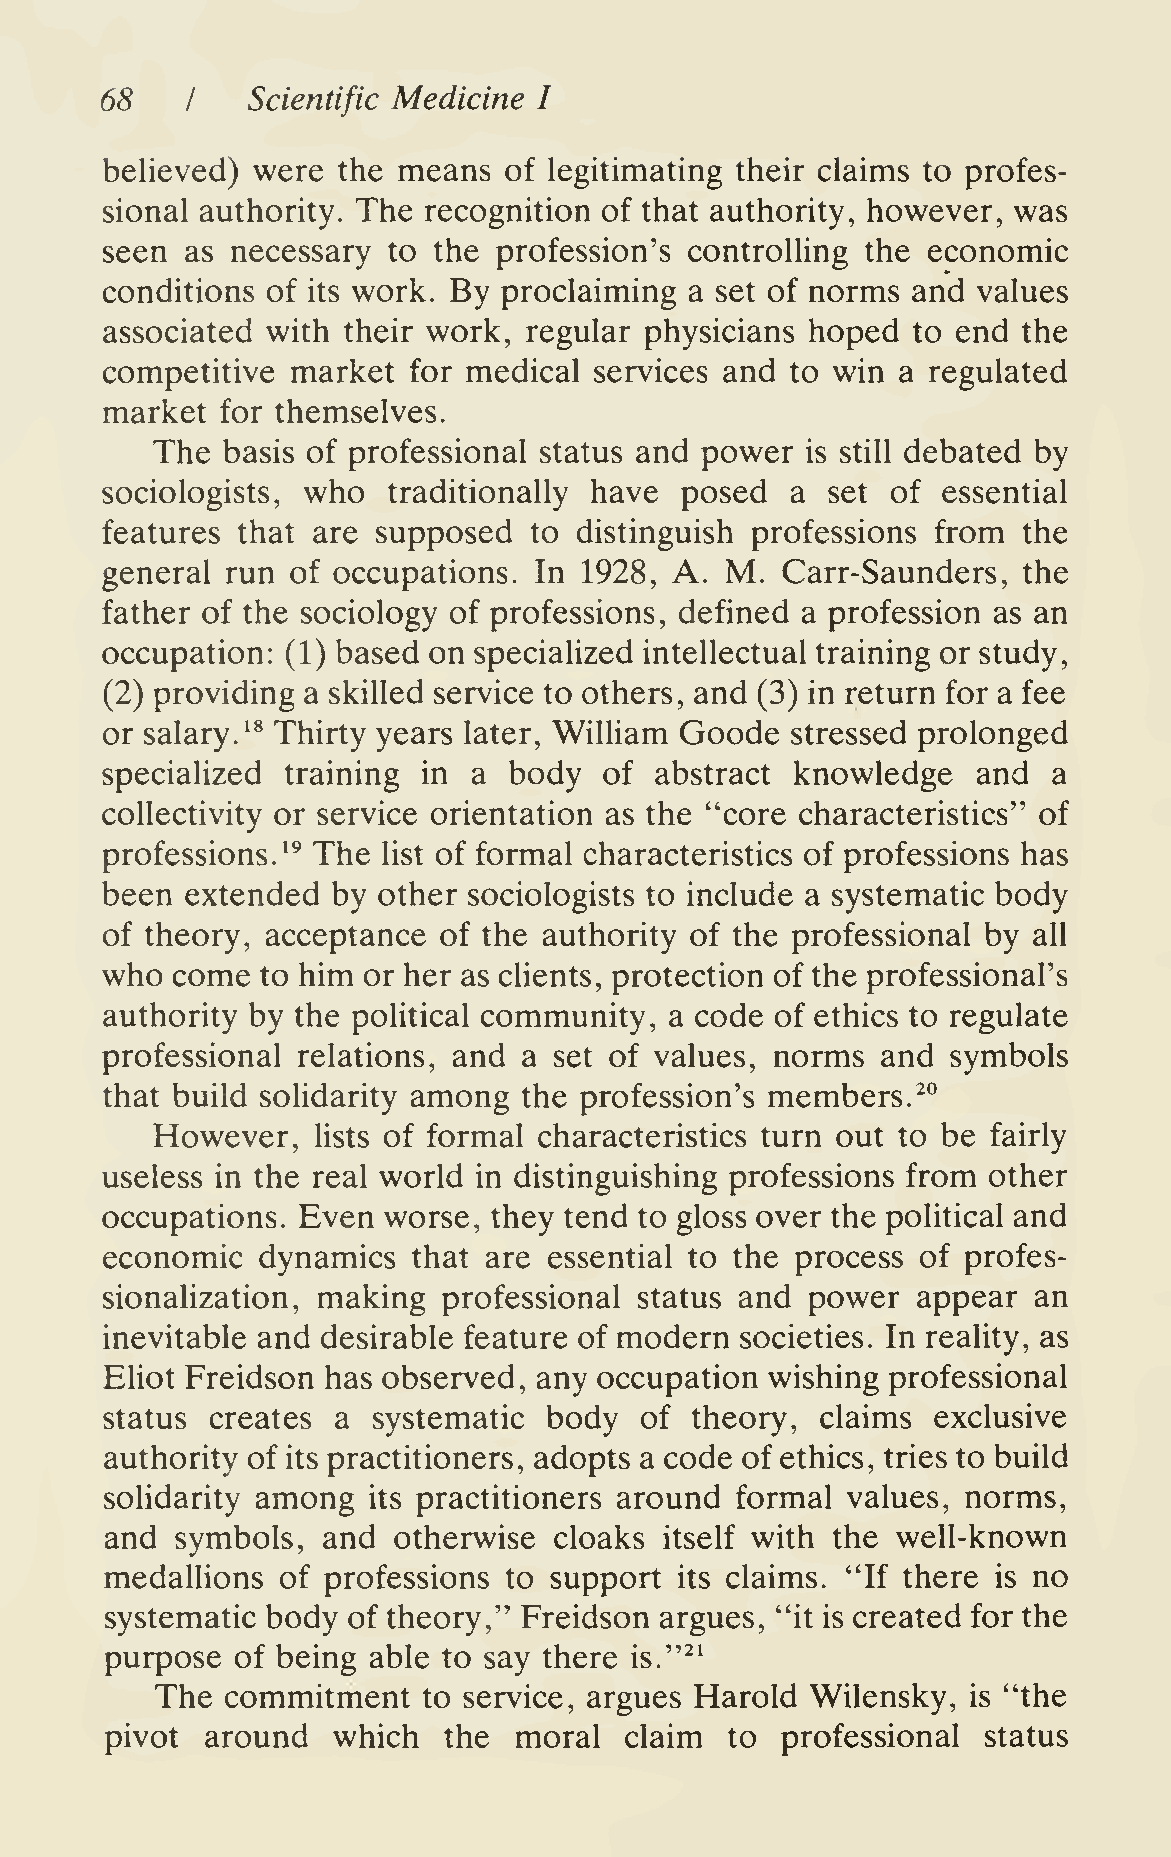
68   I   Scientific Medicine I
 believed) were the means  of legitimating their claims to profes-
 sional authority. The recognition of that authority, however, was
 seen as necessary  to the profession's controlling the economic
 conditions of its work. By proclaiming a set of norms and values
 associated with their work, regular physicians hoped to end  the
 competitive market  for medical services and to win  a regulated
 market  for themselves.
 The  basis of professional status and power is still debated by
 sociologists, who  traditionally have posed  a  set of essential
 features that are supposed  to distinguish professions from  the
 general run of occupations. In  1928, A. M.  Carr-Saunders,  the
 father of the sociology of professions, defined a profession as an
 occupation: (1) based on specialized intellectual training or study,
 (2) providing a skilled service to others, and (3) in return for a fee
 or salary. ^^ Thirty years later, William Goode stressed prolonged
 specialized training in a  body  of abstract  knowledge   and  a
 collectivity or service orientation as the "core characteristics" of
 professions.^^ The list of formal characteristics of professions has
 been extended  by other sociologists to include a systematic body
 of theory, acceptance of the authority of the professional by all
 who come  to him or her as clients, protection of the professional's
 authority by the political community, a code of ethics to regulate
 professional relations, and a set of values, norms and  symbols
 that build solidarity among the profession's members.^°
 However,   lists of formal characteristics turn out to be fairly
 useless in the real world in distinguishing professions from other
 occupations. Even worse,  they tend to gloss over the political and
 economic  dynamics  that are essential to the process of profes-
 sionalization, making professional status and  power  appear an
 inevitable and desirable feature of modern societies. In reality, as
 Eliot Freidson has observed, any occupation wishing professional
 status creates a  systematic body  of  theory, claims  exclusive
 authority of its practitioners, adopts a code of ethics, tries to build
 solidarity among its practitioners around formal values, norms,
 and  symbols, and  otherwise  cloaks itself with the well-known
 medallions  of professions to support its claims. "If there is no
 systematic body of theory," Freidson argues, "it is created for the
 purpose  of being able to say there is."^^
 The  commitment   to service, argues Harold Wilensky, is "the
 pivot  around  which  the  moral  claim  to  professional status